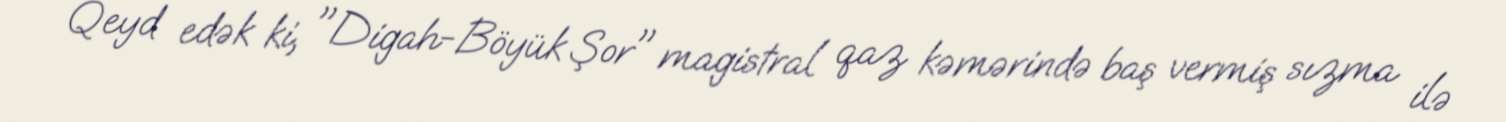
Qeyd edək ki, "Digah-Böyük Şor" magistral qaz kəmərində baş vermiş sızma ilə